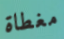
مغطاة